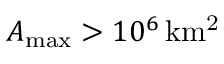
\ensuremath { A _ { \mathrm { m a x } } } > 1 0 ^ { 6 } \, \ensuremath { \mathrm { k m ^ { 2 } } }